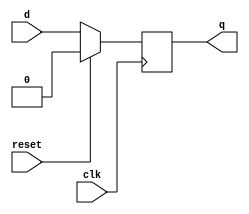
module d_ff (
    input wire clk,
    input wire reset,
    input wire d,
    output reg q
);

always @(posedge clk) begin
    if (reset) begin
        q <= 1'b0;
    end else begin
        q <= d;
    end
end

endmodule